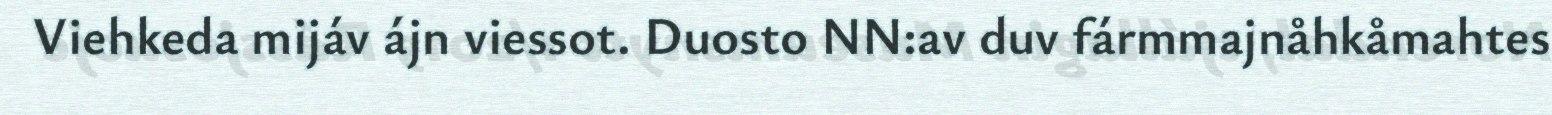
Viehkeda mijáv ájn viessot. Duosto NN:av duv fármmajnåhkåmahtes